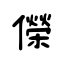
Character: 儝